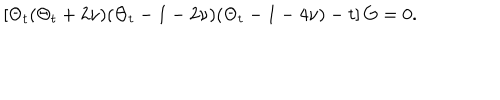
\left[ \Theta _ { t } ( \Theta _ { t } + 2 \nu ) ( \Theta _ { t } - 1 - 2 \nu ) ( \Theta _ { t } - 1 - 4 \nu ) - t \right] G = 0 .